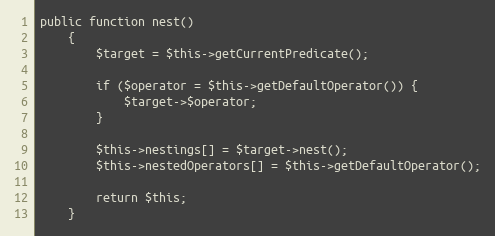
Language: PHP
public function nest()
    {
        $target = $this->getCurrentPredicate();

        if ($operator = $this->getDefaultOperator()) {
            $target->$operator;
        }

        $this->nestings[] = $target->nest();
        $this->nestedOperators[] = $this->getDefaultOperator();

        return $this;
    }